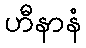
ဟီနာနံ